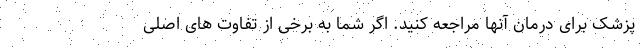
پزشک برای درمان آنها مراجعه کنید. اگر شما به برخی از تفاوت های اصلی